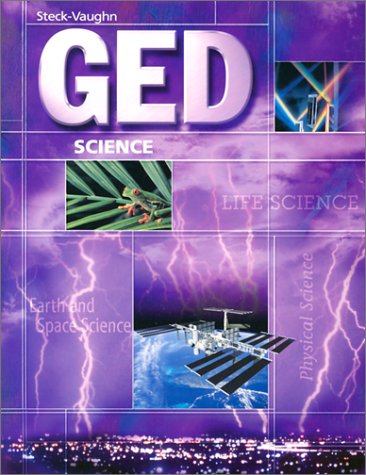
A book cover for Steck-Vaughn GED: Student Edition Science; STECK-VAUGHN; Test Preparation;